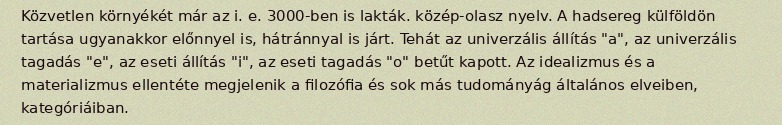
Közvetlen környékét már az i. e. 3000-ben is lakták. közép-olasz nyelv. A hadsereg külföldön tartása ugyanakkor előnnyel is, hátránnyal is járt. Tehát az univerzális állítás "a", az univerzális tagadás "e", az eseti állítás "i", az eseti tagadás "o" betűt kapott. Az idealizmus és a materializmus ellentéte megjelenik a filozófia és sok más tudományág általános elveiben, kategóriáiban.